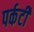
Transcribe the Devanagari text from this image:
पर्कटी